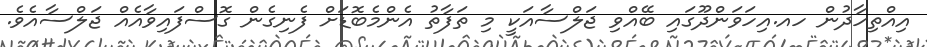
އިއްތިހާދުން ހއ.އިހަވަންދޫގައި ބޭއްވި ޖަލްސާއަކީ މި ތަފާތު އެންމެބޮޑަށް ފެނިގެން ގޮސްފައިވާއެއް ޖަލްސާއެވެ.